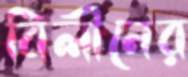
বিলীনের